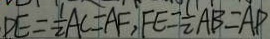
D E = \frac { 1 } { 2 } A C = A F , F E = \frac { 1 } { 2 } A B = A P